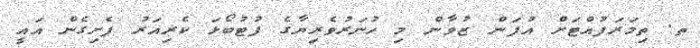
ތ. ތިމަރަފުއްޓަށް އުފަން ޒުވާން މި ހުނަރުވެރިޔާގެ ފުޓުބޯޅަ ކެރިއަރު ފެށިގެން އައީ